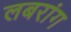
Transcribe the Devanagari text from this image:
लबरांग